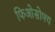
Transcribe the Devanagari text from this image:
फिओसोफ्य